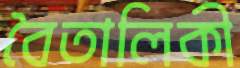
বৈতালিকী